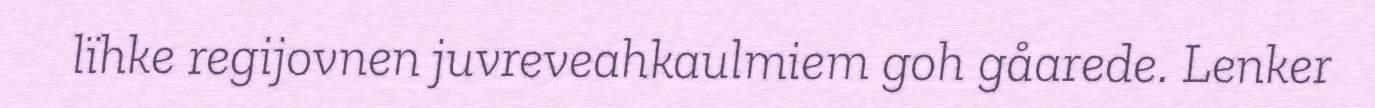
lïhke regijovnen juvreveahkaulmiem goh gåarede. Lenker